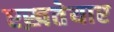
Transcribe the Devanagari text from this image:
एख़तेयार